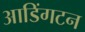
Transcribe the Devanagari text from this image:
आडिंगटन